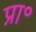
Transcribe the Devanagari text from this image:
प्रा॰